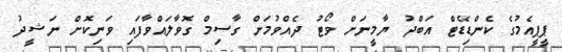
ޕީޕީއެމުގެ ކެންޑިޑޭޓް އަބްދު ޔާމީނަށް ވޯޓު ދެއްވުމަށް ގާސިމް ގޮވާލައްވާފައި ވަނިކޮށް ނަޝީދު